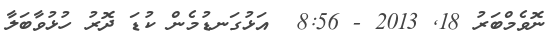
ނޮވެމްބަރު 18